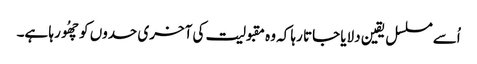
اُسے مسلسل یقین دلایا جاتا رہا کہ وہ مقبولیت کی آخری حدوں کو چھُو رہا ہے۔